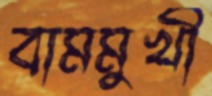
বামমুখী